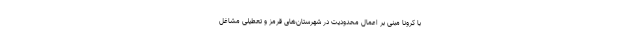
با کرونا مبنی بر اعمال محدودیت در شهرستان‌های قرمز و تعطیلی مشاغل